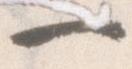
一